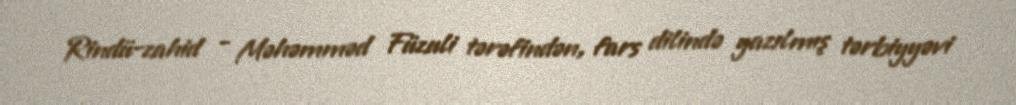
Rindü-zahid - Məhəmməd Füzuli tərəfindən, fars dilində yazılmış tərbiyyəvi